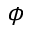
\phi